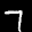
Label: 7